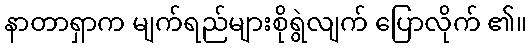
နာတာရှာက မျက်ရည်များစိုရွဲလျက် ပြောလိုက် ၏။